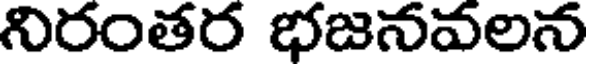
నిరంతర భజనవలన